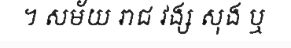
។ សម័យ រាជ វង្ស សុង ឬ